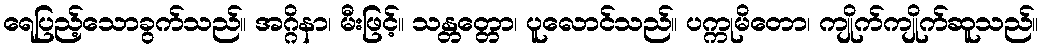
ရေပြည့်သောခွက်သည်။ အဂ္ဂိနာ၊ မီးဖြင့်။ သန္တတ္တော၊ ပူလောင်သည်။ ပက္ကုမိတော၊ ကျိုက်ကျိုက်ဆူသည်။